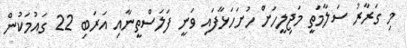
މި ގަރާރު ސަލާމަތީ މަޖިލީހަށް ހުށަހަޅާފައި ވަނީ ފަލަސްތީނާއި އަރަބި 22 ގައުމަކުން